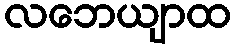
လဘေယျာထ